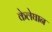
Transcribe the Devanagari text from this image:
केलेघान